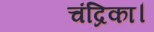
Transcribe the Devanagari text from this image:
चंद्रिका।